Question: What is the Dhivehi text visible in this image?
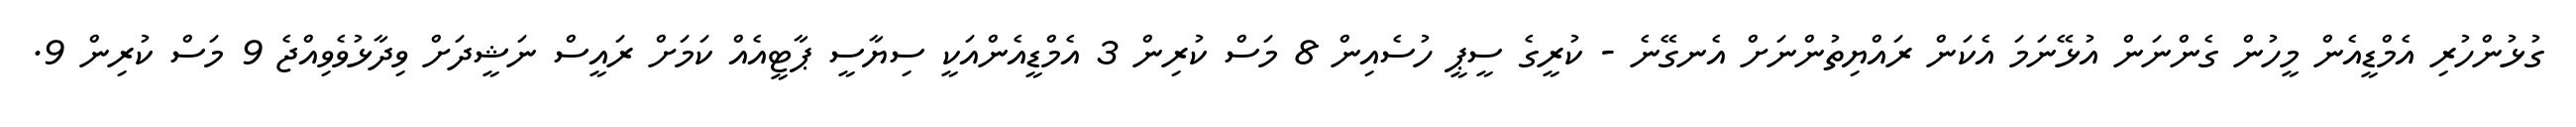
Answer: ގުޅުންހުރި އެމްޑީއެން މީހުން ގެންނަން އުޅޭނަމަ އެކަން ރައްޔިތުންނަށް އެނގޭނެ - ކުރީގެ ސީޕީ ހުސެއިން 8 މަސް ކުރިން 3 އެމްޑީއެންއަކީ ސިޔާސީ ޕާޓީއެއް ކަމަށް ރައީސް ނަޝީދަށް ވިދާޅުވެވިއްޖެ 9 މަސް ކުރިން 9.